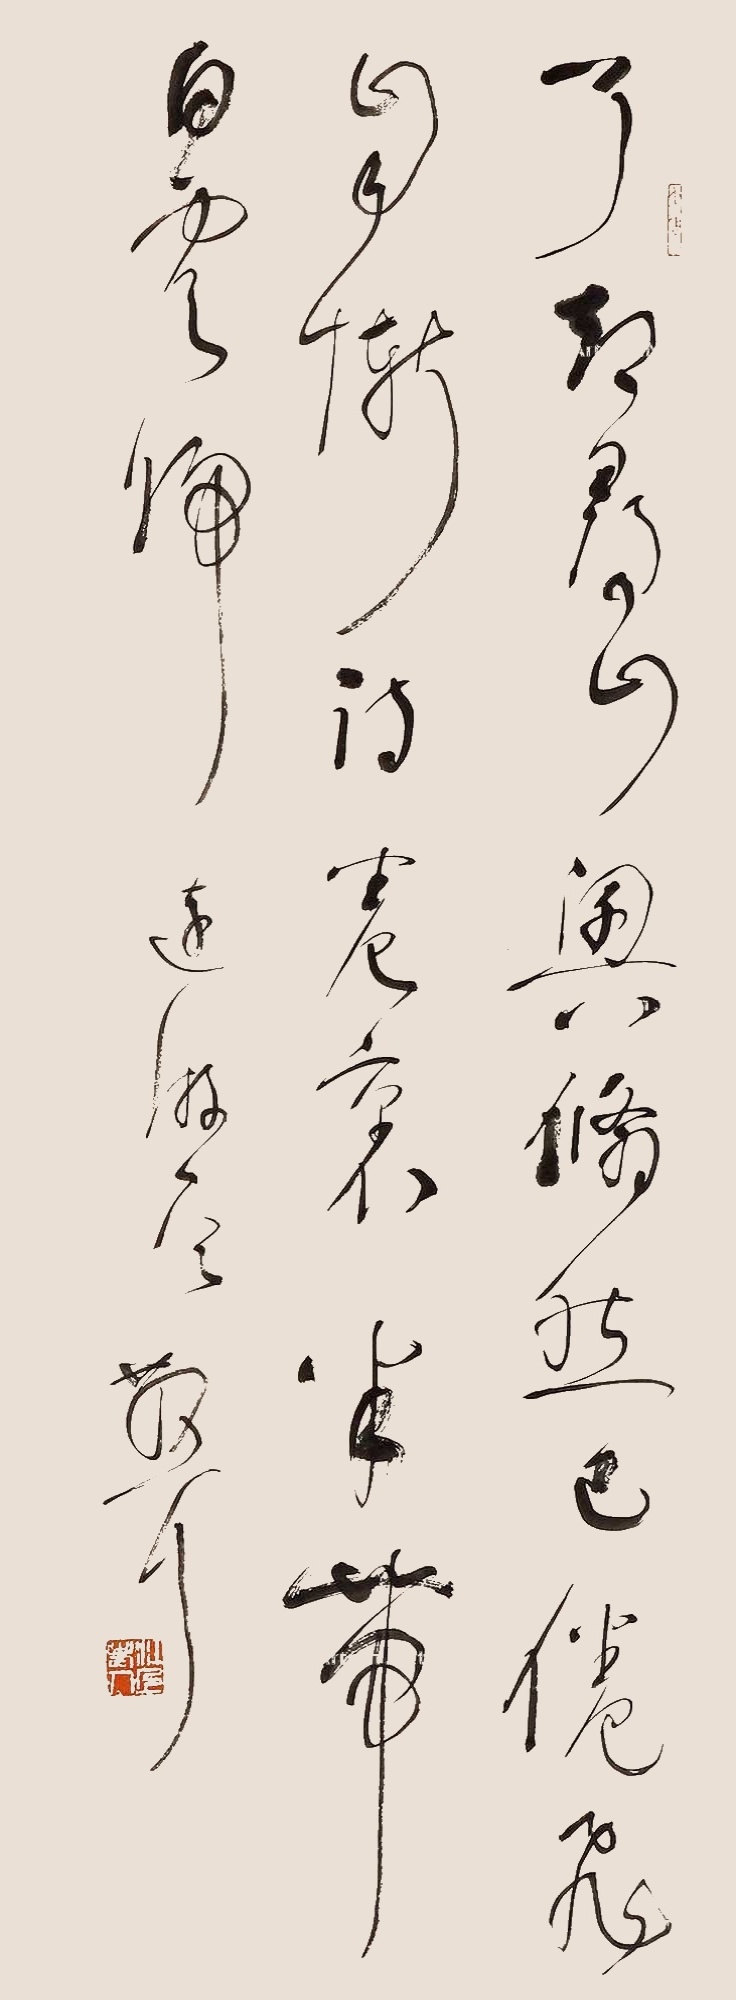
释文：了却寻山兴，翛然已倦飞。自惭诗卷里，半带白云归。远游一首，散耳。